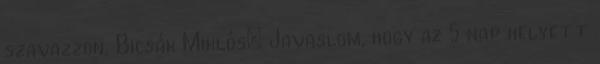
szavazzon. Bicsák Miklós: Javaslom, hogy az 5 nap helyett